Leningradi_Edasi_toimetus, lk 19
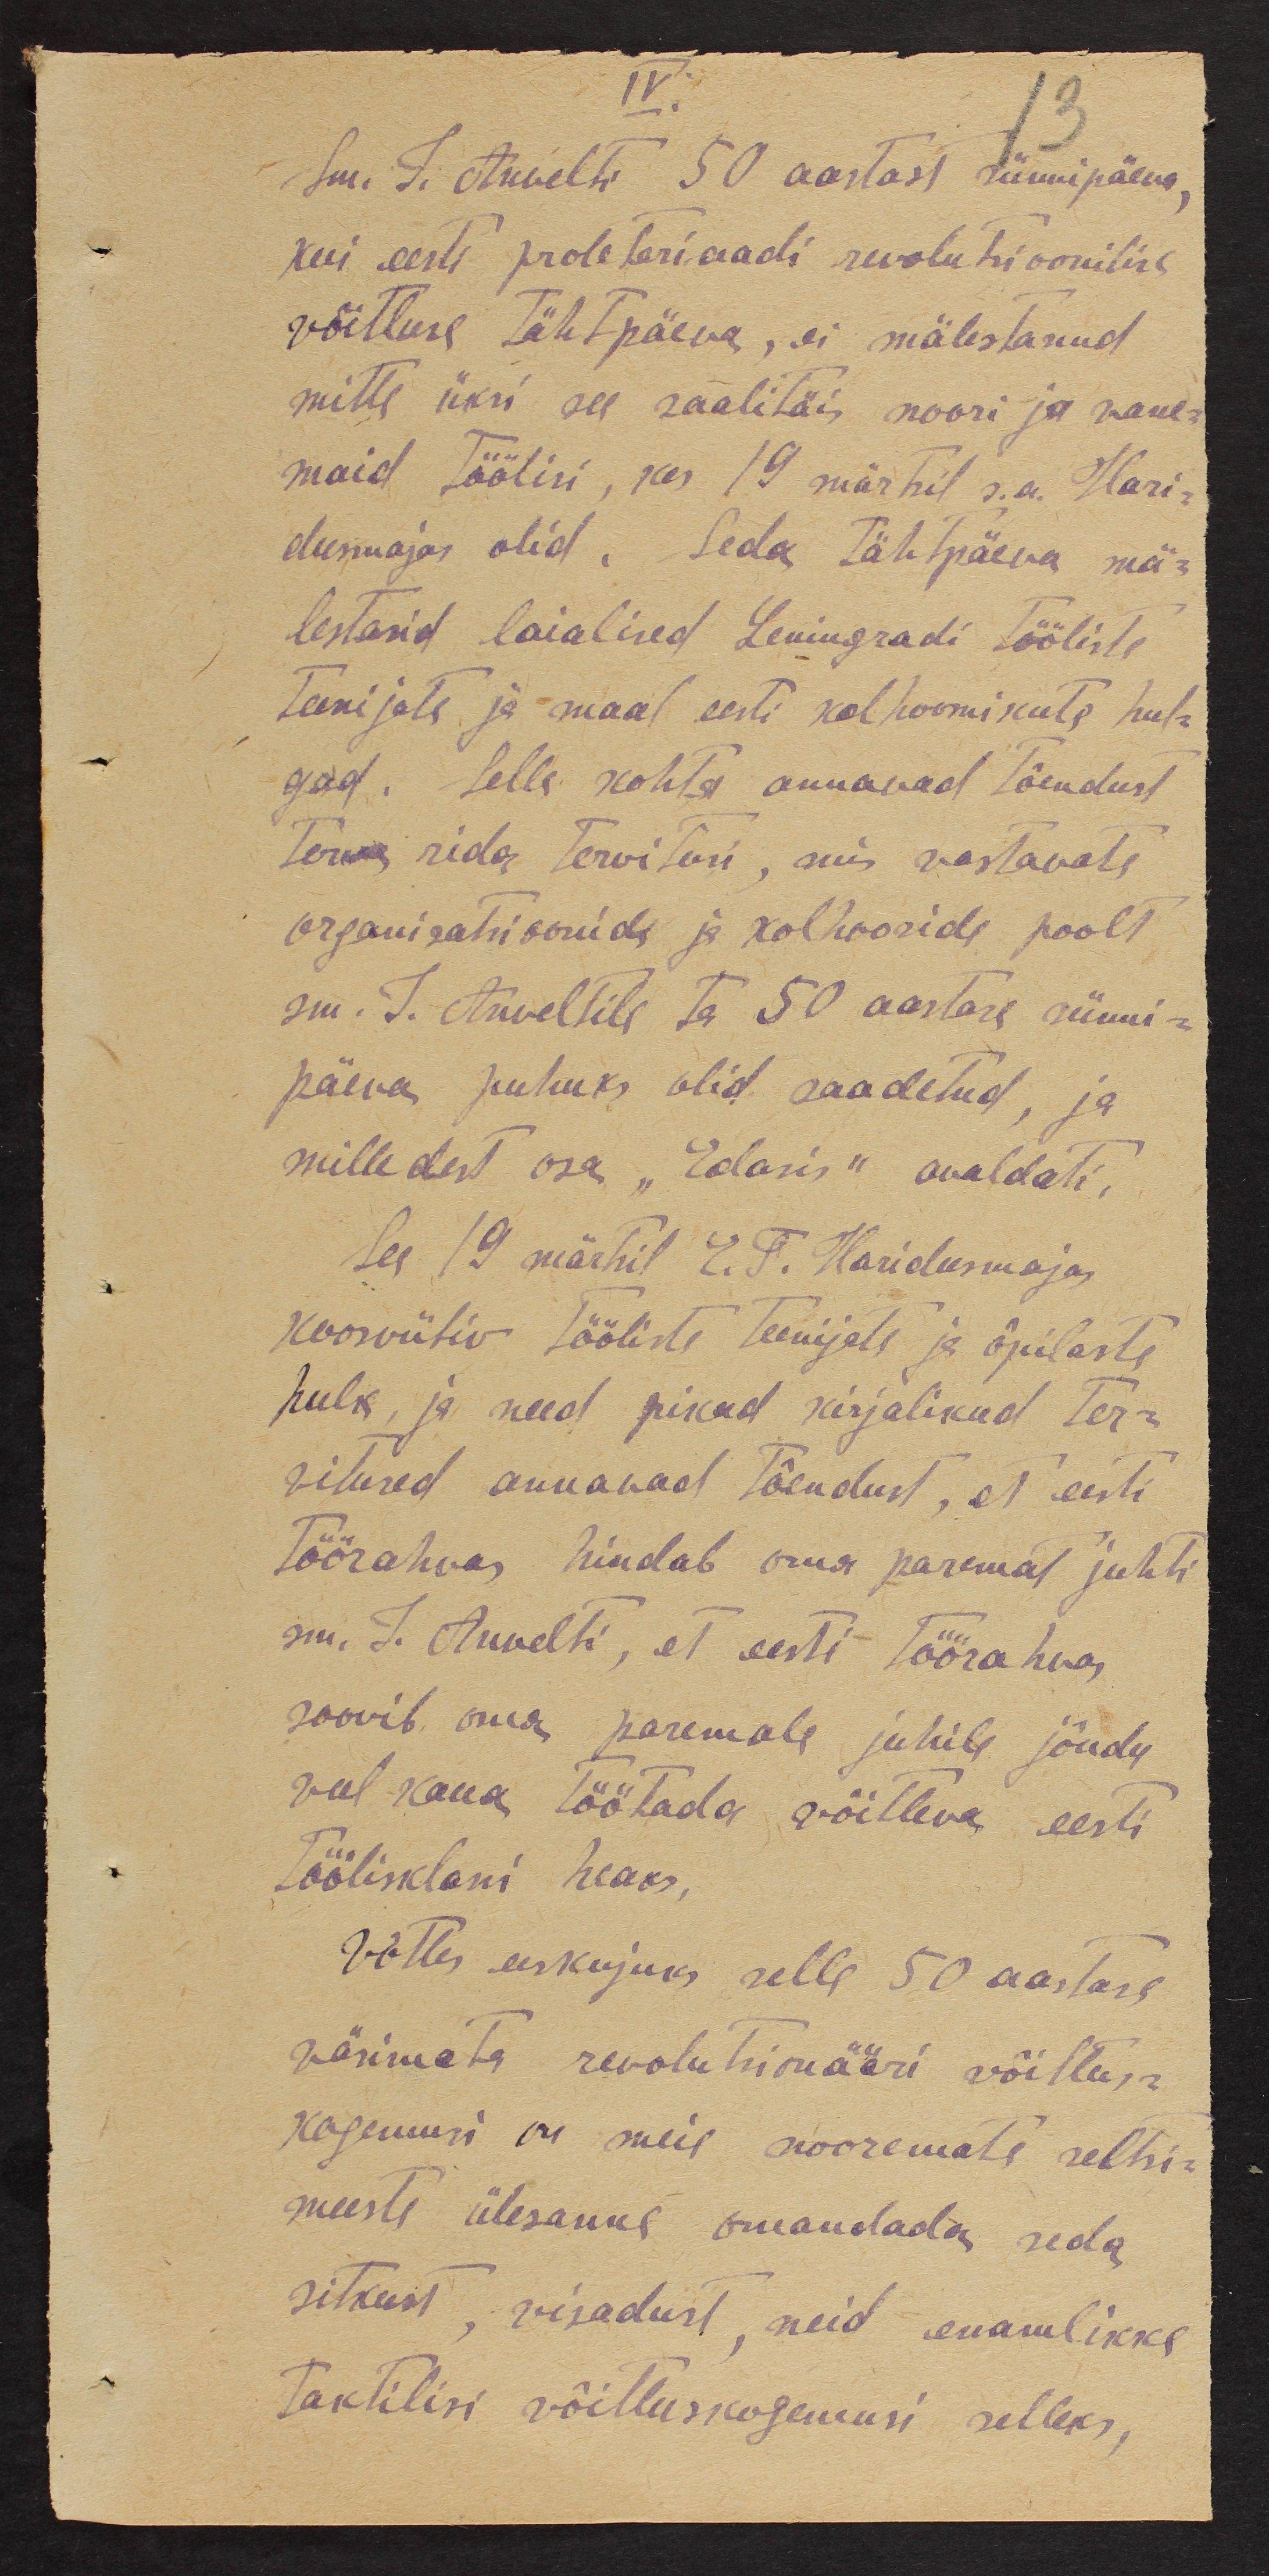
IV.
Sm. J. Anvelti 50 aastast sünnipäeva,
kui eesti proletariaadi revolutsioonilise
võitluse tähtpäeva, ei mälestanud
mitte üks see saalitäis noori ja vane-
maid töölisi, kes 19 märtsil s.a. Hari-
dumajas olid. Seda tähtpäeva mä-
lestasid laialised Leningradi tööliste
teenijate ja maal eesti kolhoosnikute hul-
gad. Selle kohta annavad tõendust
terve rida tervitusi, mis vastavate
organisatsioonide ja kolhooside poolt
sm. J. Anveltile ta 50 aastase sünni-
päeva puhuks olid saadetud, ja
milledest osa "Edasis" avaldati.
See 19 märtsil E. T. Haridumaja
koosviibiv tööliste teenijate ja õpilaste
hulk, ja need pikad kirjalikud ter-
vitused annavad tõendust, et eesti
Töörahvas hindab oma paremat juhti
sm. J. Anvelti, et eesti Töörahvas
soovib oma paremale juhile jõudu
veel kaua töötada võitleva eesti
Töölisklassi heaks.
Võttes eeskujuks selle 50 aastase
väsimata revolutsionääri võistlus-
kogemusi on meie nooremate seltsi-
meeste ülesanne omandada seda
sitkust, visadust, neid enamlikke
taktilisi võitluskogemusi selleks,